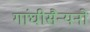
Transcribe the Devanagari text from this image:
गांघीसैन्यनो